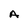
Character: A